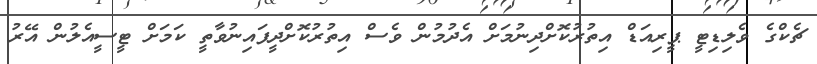
ޗެކްގެ ވެލިޑިޓީ ޕީރިއަޑް އިތުރުކޮށްދިނުމަށް އެދުމުން ވެސް އިތުރުކޮށްދީފައިނުވާތީ ކަމަށް ޓީސީއެލުން އޭރު